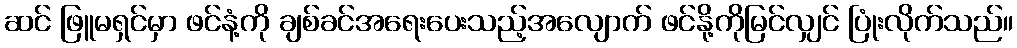
ဆင် ဖြူမရှင်မှာ ဖင်နံ့ကို ချစ်ခင်အရေးပေးသည့်အလျောက် ဖင်နို့ကိုမြင်လျှင် ပြုံးလိုက်သည်။